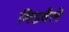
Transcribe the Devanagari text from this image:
मिडवैले